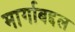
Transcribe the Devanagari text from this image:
मार्गाबद्दल